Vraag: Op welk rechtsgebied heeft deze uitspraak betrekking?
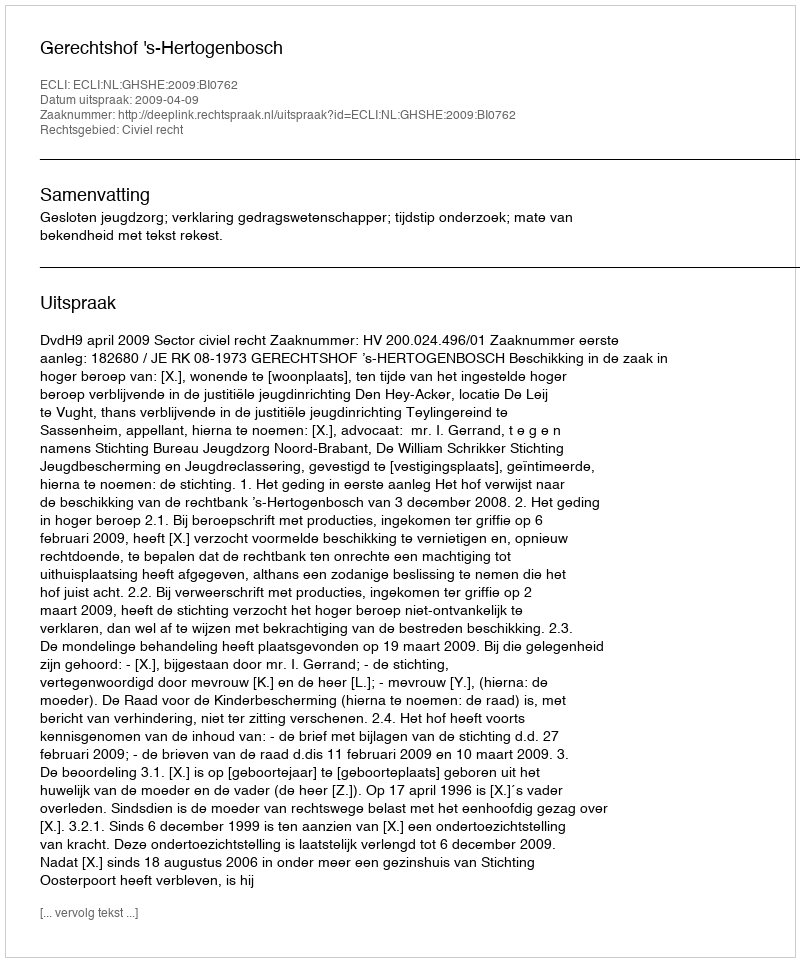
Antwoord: Civiel recht